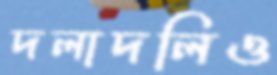
দলাদলিও